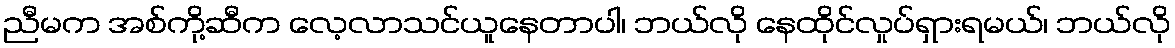
ညီမက အစ်ကို့ဆီက လေ့လာသင်ယူနေတာပါ၊ ဘယ်လို နေထိုင်လှုပ်ရှားရမယ်၊ ဘယ်လို